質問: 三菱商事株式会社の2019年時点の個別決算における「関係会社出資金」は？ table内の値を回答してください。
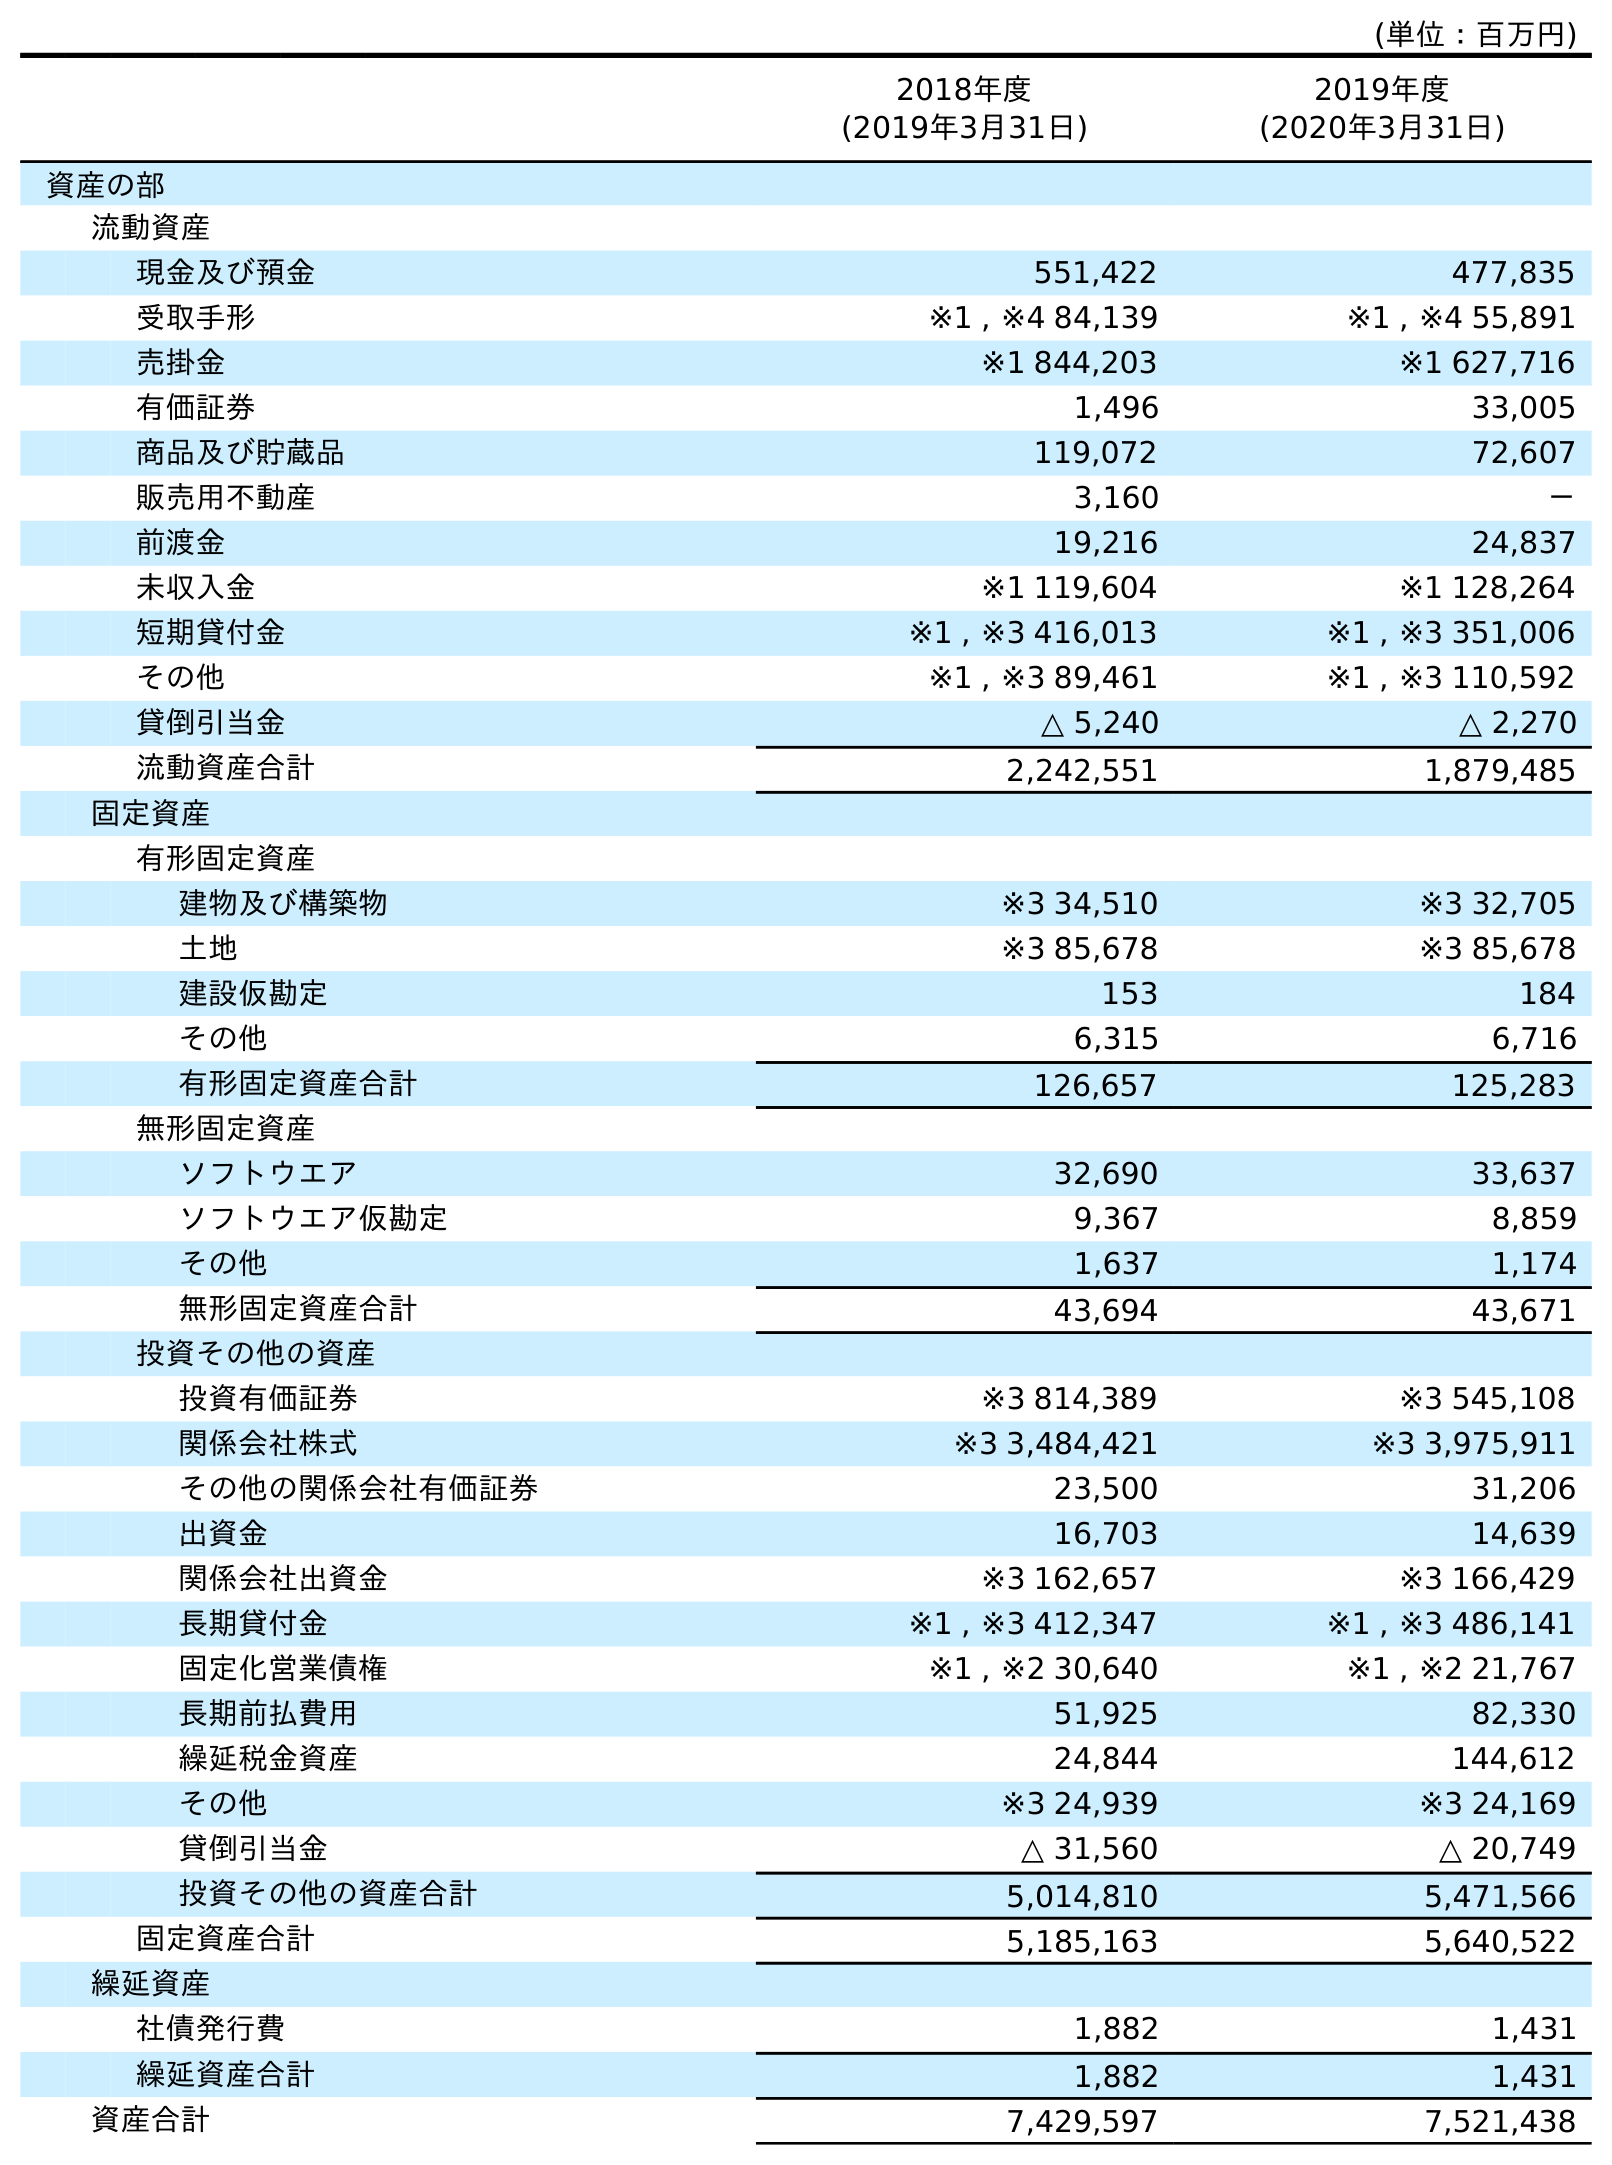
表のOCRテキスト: (単位：百万円) 2018年度 (2019年3月31日) 2019年度 (2020年3月31日) 資産の部 流動資産 現金及び預金 551,422 477,835 受取手形 ※1 , ※4 84,139 ※1 , ※4 55,891 売掛金 ※1 844,203 ※1 627,716 有価証券 1,496 33,005 商品及び貯蔵品 119,072 72,607 販売用不動産 3,160 － 前渡金 19,216 24,837 未収入金 ※1 119,604 ※1 128,264 短期貸付金 ※1 , ※3 416,013 ※1 , ※3 351,006 その他 ※1 , ※3 89,461 ※1 , ※3 110,592 貸倒引当金 △ 5,240 △ 2,270 流動資産合計 2,242,551 1,879,485 固定資産 有形固定資産 建物及び構築物 ※3 34,510 ※3 32,705 土地 ※3 85,678 ※3 85,678 建設仮勘定 153 184 その他 6,315 6,716 有形固定資産合計 126,657 125,283 無形固定資産 ソフトウエア 32,690 33,637 ソフトウエア仮勘定 9,367 8,859 その他 1,637 1,174 無形固定資産合計 43,694 43,671 投資その他の資産 投資有価証券 ※3 814,389 ※3 545,108 関係会社株式 ※3 3,484,421 ※3 3,975,911 その他の関係会社有価証券 23,500 31,206 出資金 16,703 14,639 関係会社出資金 ※3 162,657 ※3 166,429 長期貸付金 ※1 , ※3 412,347 ※1 , ※3 486,141 固定化営業債権 ※1 , ※2 30,640 ※1 , ※2 21,767 長期前払費用 51,925 82,330 繰延税金資産 24,844 144,612 その他 ※3 24,939 ※3 24,169 貸倒引当金 △ 31,560 △ 20,749 投資その他の資産合計 5,014,810 5,471,566 固定資産合計 5,185,163 5,640,522 繰延資産 社債発行費 1,882 1,431 繰延資産合計 1,882 1,431 資産合計 7,429,597 7,521,438
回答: ※3162,657